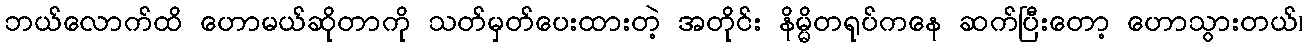
ဘယ်လောက်ထိ ဟောမယ်ဆိုတာကို သတ်မှတ်ပေးထားတဲ့ အတိုင်း နိမ္မိတရုပ်ကနေ ဆက်ပြီးတော့ ဟောသွားတယ်၊